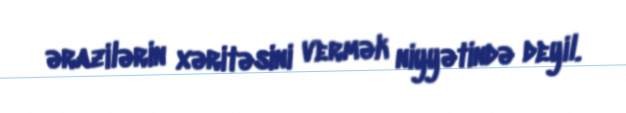
ərazilərin xəritəsini vermək niyyətində deyil.